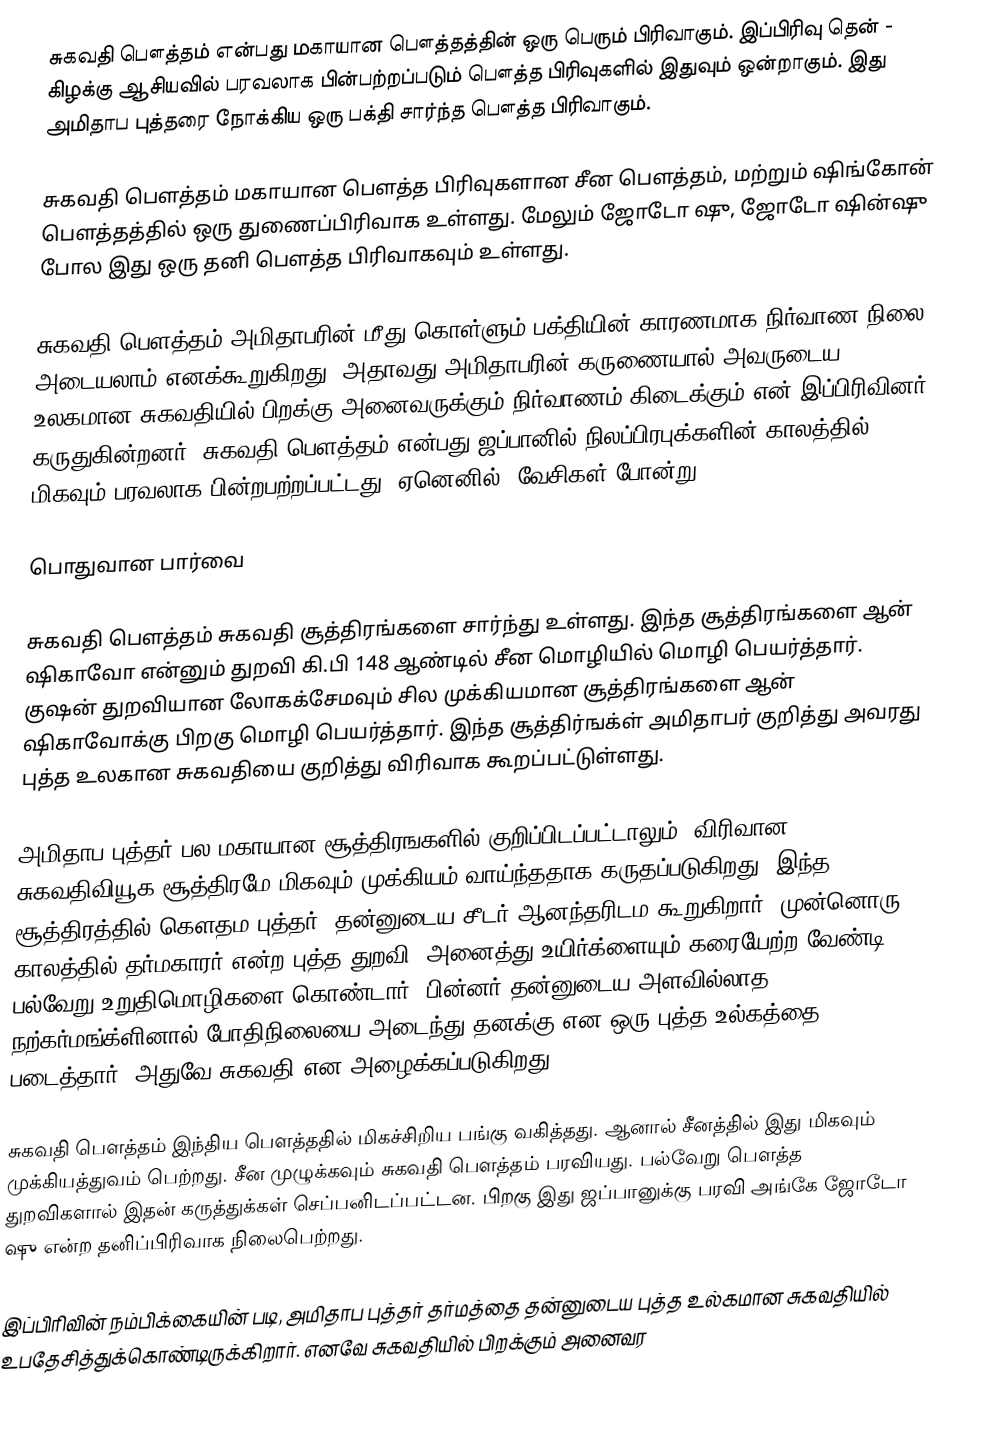
சுகவதி பௌத்தம் என்பது மகாயான பௌத்தத்தின் ஒரு பெரும் பிரிவாகும். இப்பிரிவு தென் - கிழக்கு ஆசியவில் பரவலாக பின்பற்றப்படும் பௌத்த பிரிவுகளில் இதுவும் ஒன்றாகும். இது அமிதாப புத்தரை நோக்கிய ஒரு பக்தி சார்ந்த பௌத்த பிரிவாகும்.

சுகவதி பௌத்தம் மகாயான பௌத்த பிரிவுகளான சீன பௌத்தம், மற்றும் ஷிங்கோன் பௌத்தத்தில் ஒரு துணைப்பிரிவாக உள்ளது. மேலும் ஜோடோ ஷு, ஜோடோ ஷின்ஷு போல இது ஒரு தனி பௌத்த பிரிவாகவும் உள்ளது.

சுகவதி பௌத்தம் அமிதாபரின் மீது கொள்ளும் பக்தியின் காரணமாக நிர்வாண நிலை அடையலாம் எனக்கூறுகிறது. அதாவது அமிதாபரின் கருணையால் அவருடைய உலகமான சுகவதியில் பிறக்கு அனைவருக்கும் நிர்வாணம் கிடைக்கும் என் இப்பிரிவினர் கருதுகின்றனர். சுகவதி பௌத்தம் என்பது ஜப்பானில் நிலப்பிரபுக்களின் காலத்தில் மிகவும் பரவலாக பின்றபற்றப்பட்டது. ஏனெனில், வேசிகள் போன்று

பொதுவான பார்வை

சுகவதி பௌத்தம் சுகவதி சூத்திரங்களை சார்ந்து உள்ளது. இந்த சூத்திரங்களை ஆன் ஷிகாவோ என்னும் துறவி கி.பி 148 ஆண்டில் சீன மொழியில் மொழி பெயர்த்தார். குஷன் துறவியான லோகக்சேமவும் சில முக்கியமான சூத்திரங்களை ஆன் ஷிகாவோக்கு பிறகு மொழி பெயர்த்தார். இந்த சூத்திர்ஙக்ள் அமிதாபர் குறித்து அவரது புத்த உலகான சுகவதியை குறித்து விரிவாக கூறப்பட்டுள்ளது.

அமிதாப புத்தர் பல மகாயான சூத்திரஙகளில் குறிப்பிடப்பட்டாலும். விரிவான சுகவதிவியூக சூத்திரமே மிகவும் முக்கியம் வாய்ந்ததாக கருதப்படுகிறது. இந்த சூத்திரத்தில் கௌதம புத்தர், தன்னுடைய சீடர் ஆனந்தரிடம கூறுகிறார். முன்னொரு காலத்தில் தர்மகாரர் என்ற புத்த துறவி, அனைத்து உயிர்க்ளையும் கரையேற்ற வேண்டி பல்வேறு உறுதிமொழிகளை கொண்டார். பின்னர் தன்னுடைய அளவில்லாத நற்கர்மங்க்ளினால் போதிநிலையை அடைந்து தனக்கு என ஒரு புத்த உல்கத்தை படைத்தார். அதுவே சுகவதி என அழைக்கப்படுகிறது.

சுகவதி பௌத்தம் இந்திய பௌத்ததில் மிகச்சிறிய பங்கு வகித்தது. ஆனால் சீனத்தில் இது மிகவும் முக்கியத்துவம் பெற்றது. சீன முழுக்கவும் சுகவதி பௌத்தம் பரவியது. பல்வேறு பௌத்த துறவிகளால் இதன் கருத்துக்கள் செப்பனிடப்பட்டன. பிறகு இது ஜப்பானுக்கு பரவி அங்கே ஜோடோ ஷு என்ற தனிப்பிரிவாக நிலைபெற்றது.

இப்பிரிவின் நம்பிக்கையின் படி, அமிதாப புத்தர் தர்மத்தை தன்னுடைய புத்த உல்கமான சுகவதியில் உபதேசித்துக்கொண்டிருக்கிறார். எனவே சுகவதியில் பிறக்கும் அனைவர